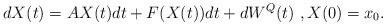
LaTeX: \begin{align*}dX(t)=AX(t)dt+F(X(t))dt+dW^Q(t)~,X(0)=x_0.\end{align*}